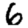
Digit: 6